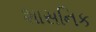
શાસનિક